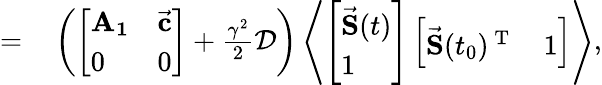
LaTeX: \begin{array}{rl}{=}&{{}\left(\left[\begin{array}{ll}{\mathbf{A_{1}}}&{\vec{\mathbf{c}}}\\ {0}&{0}\end{array}\right]+\frac{\gamma^{2}}2\mathcal{D}\right)\left<\left[\begin{array}{l}{\vec{\mathbf{S}}(t)}\\ {1}\end{array}\right]\left[\begin{array}{ll}{\vec{\mathbf{S}}(t_{0})^{\mathrm{~T~}}}&{1}\end{array}\right]\right>,}\end{array}